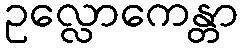
ဥလ္လောကေန္တာ